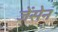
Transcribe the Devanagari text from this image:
जेंसेन